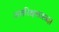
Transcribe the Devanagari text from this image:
अतरिक्षशास्त्रज्ञ